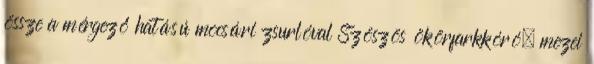
össze a mérgező hatású mocsári zsurlóval Szöszös ökörfarkkóró, mezei